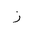
Letter: _zay